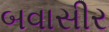
બવાસીર